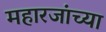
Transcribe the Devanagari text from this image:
महारजांच्या